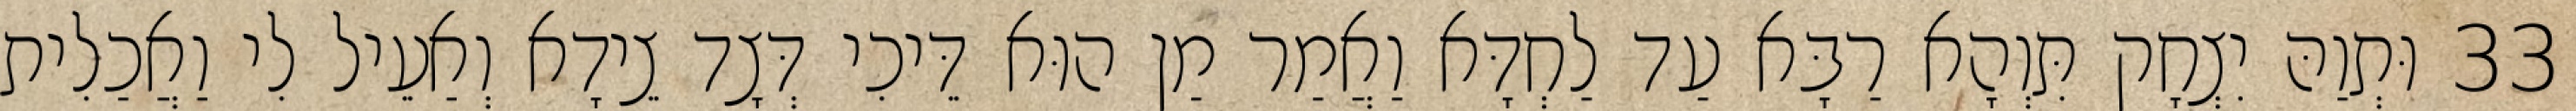
33 וּתְוַהּ יִצְחָק תִּוְהָא רַבָּא עַד לַחְדָּא וַאֲמַר מַן הוּא דֵּיכִי דְּצָד צֵידָא וְאַעֵיל לִי וַאֲכַלִית